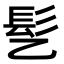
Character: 𫘸